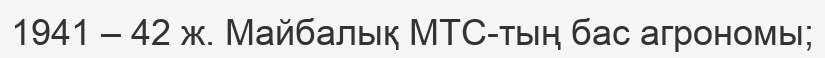
1941 – 42 ж. Майбалық МТС-тың бас агрономы;